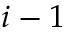
i - 1